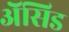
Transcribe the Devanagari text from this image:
ॲेसिड